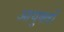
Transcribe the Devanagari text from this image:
आयुक्‍तों